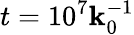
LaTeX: t=10^{7}\mathbf{k}_{0}^{-1}